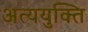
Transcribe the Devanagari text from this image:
अत्ययुक्ति